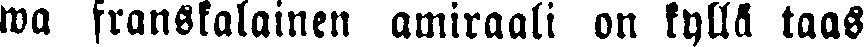
wa franskalainen amiraali on kyllä taas